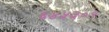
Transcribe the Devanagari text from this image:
६४५३०९